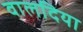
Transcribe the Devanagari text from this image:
वालदिया